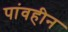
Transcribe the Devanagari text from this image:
पांवहीन